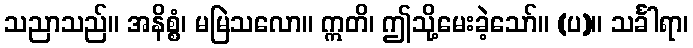
သညာသည်။ အနိစ္စံ၊ မမြဲသလော။ ဣတိ၊ ဤသို့မေးခဲ့သော်။ (ပ)။ သင်္ခါရာ၊